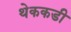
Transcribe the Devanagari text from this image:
थेककडी